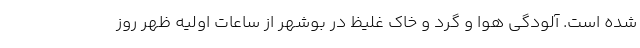
شده است. آلودگی هوا و گرد و خاک غلیظ در بوشهر از ساعات اولیه ظهر روز